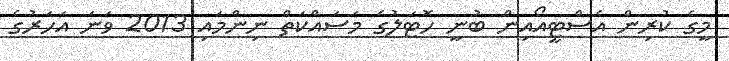
މީގެ ކުރިން އެސްޓީއޯއިން ބުނީ ހޮޓަލުގެ މަސައްކަތް ނިންމައި 2013 ވަނަ އަހަރުގެ